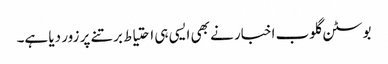
بوسٹن گلوب اخبار نے بھی ایسی ہی احتیاط برتنے پر زور دیا ہے۔